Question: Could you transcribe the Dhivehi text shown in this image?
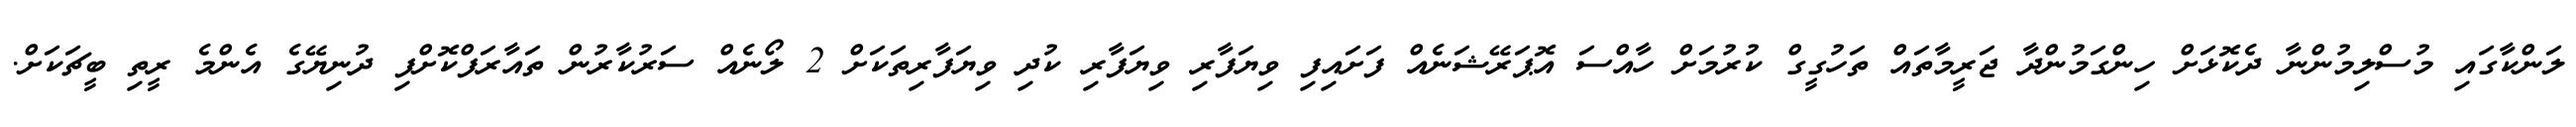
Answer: ލަންކާގައި މުސްލިމުންނާ ދެކޮޅަށް ހިންގަމުންދާ ޖަރީމާތައް ތަހުގީގް ކުރުމަށް ހާއްސަ އޮޕަރޭޝަނެއް ފަށައިފި ވިޔަފާރި ވިޔަފާރި ކުދި ވިޔަފާރިތަކަށް 2 ލޯނެއް ސަރުކާރުން ތައާރަފްކޮށްފި ދުނިޔޭގެ އެންމެ ރީތި ބީޗަކަށް.